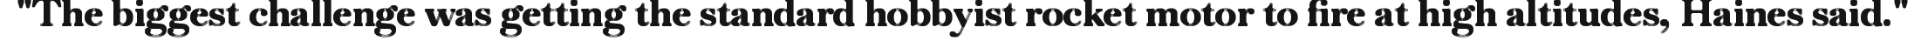
"The biggest challenge was getting the standard hobbyist rocket motor to fire at high altitudes, Haines said."